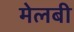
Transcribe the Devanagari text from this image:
मेलबी